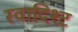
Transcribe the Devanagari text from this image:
स्वादिश्ट